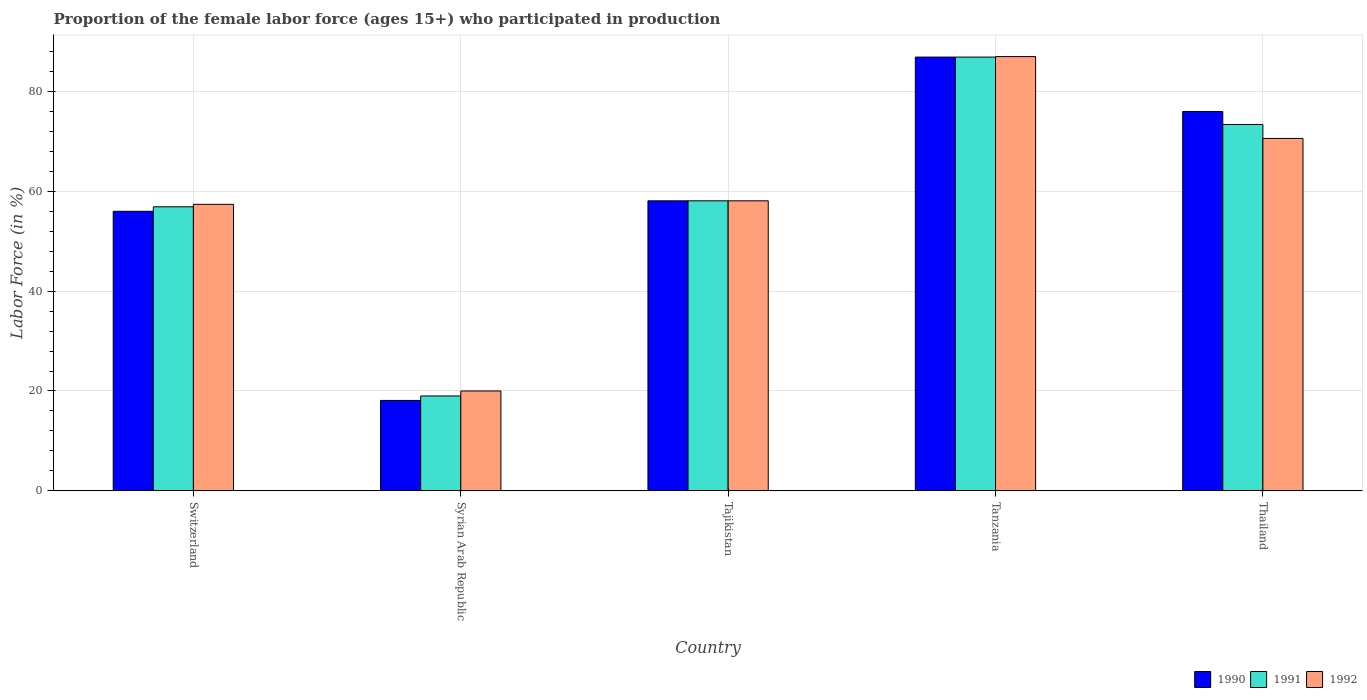
| Country | 1990 | 1991 | 1992 |
 | --- | --- | --- | --- |
 | Switzerland | 56 | 56.9 | 57.4 |
 | Syrian Arab Republic | 18.1 | 19 | 20 |
 | Tajikistan | 58.1 | 58.1 | 58.1 |
 | Tanzania | 86.9 | 86.9 | 87 |
 | Thailand | 76 | 73.4 | 70.6 |